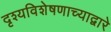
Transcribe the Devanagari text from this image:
दृश्यविशेषणाच्याद्वारे